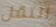
انتقل